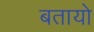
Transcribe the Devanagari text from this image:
बतायो